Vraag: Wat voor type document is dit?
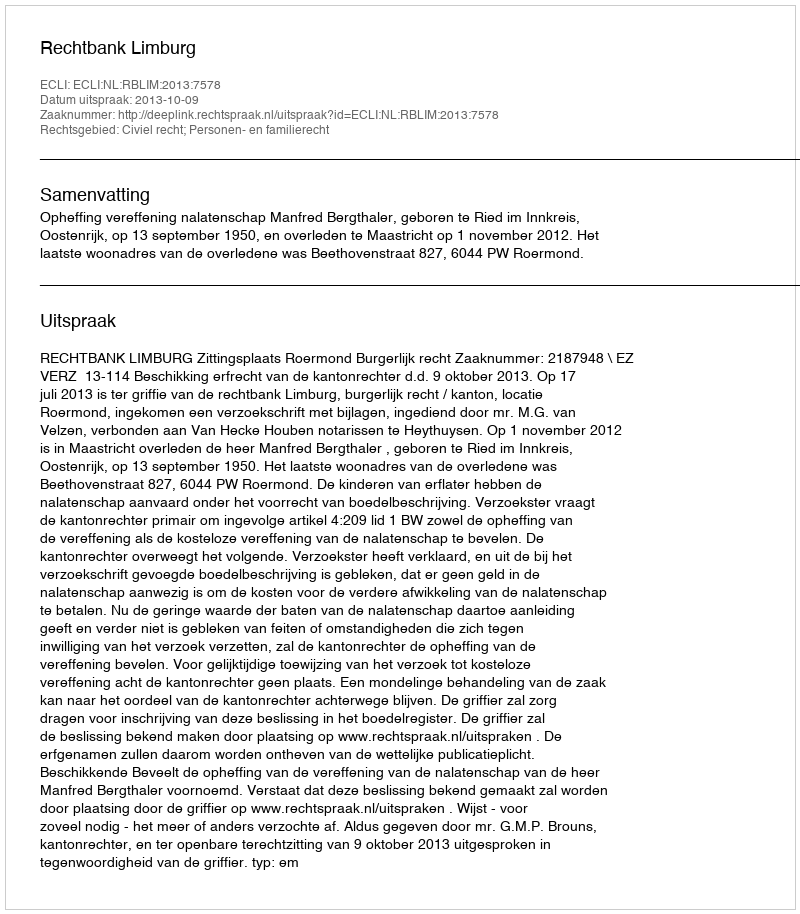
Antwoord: Uitspraak